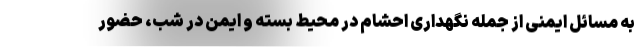
به مسائل ایمنی از جمله نگهداری احشام در محیط بسته و ایمن در شب، حضور